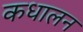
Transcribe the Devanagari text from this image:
कधालन